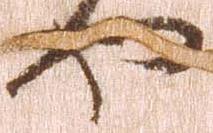
や